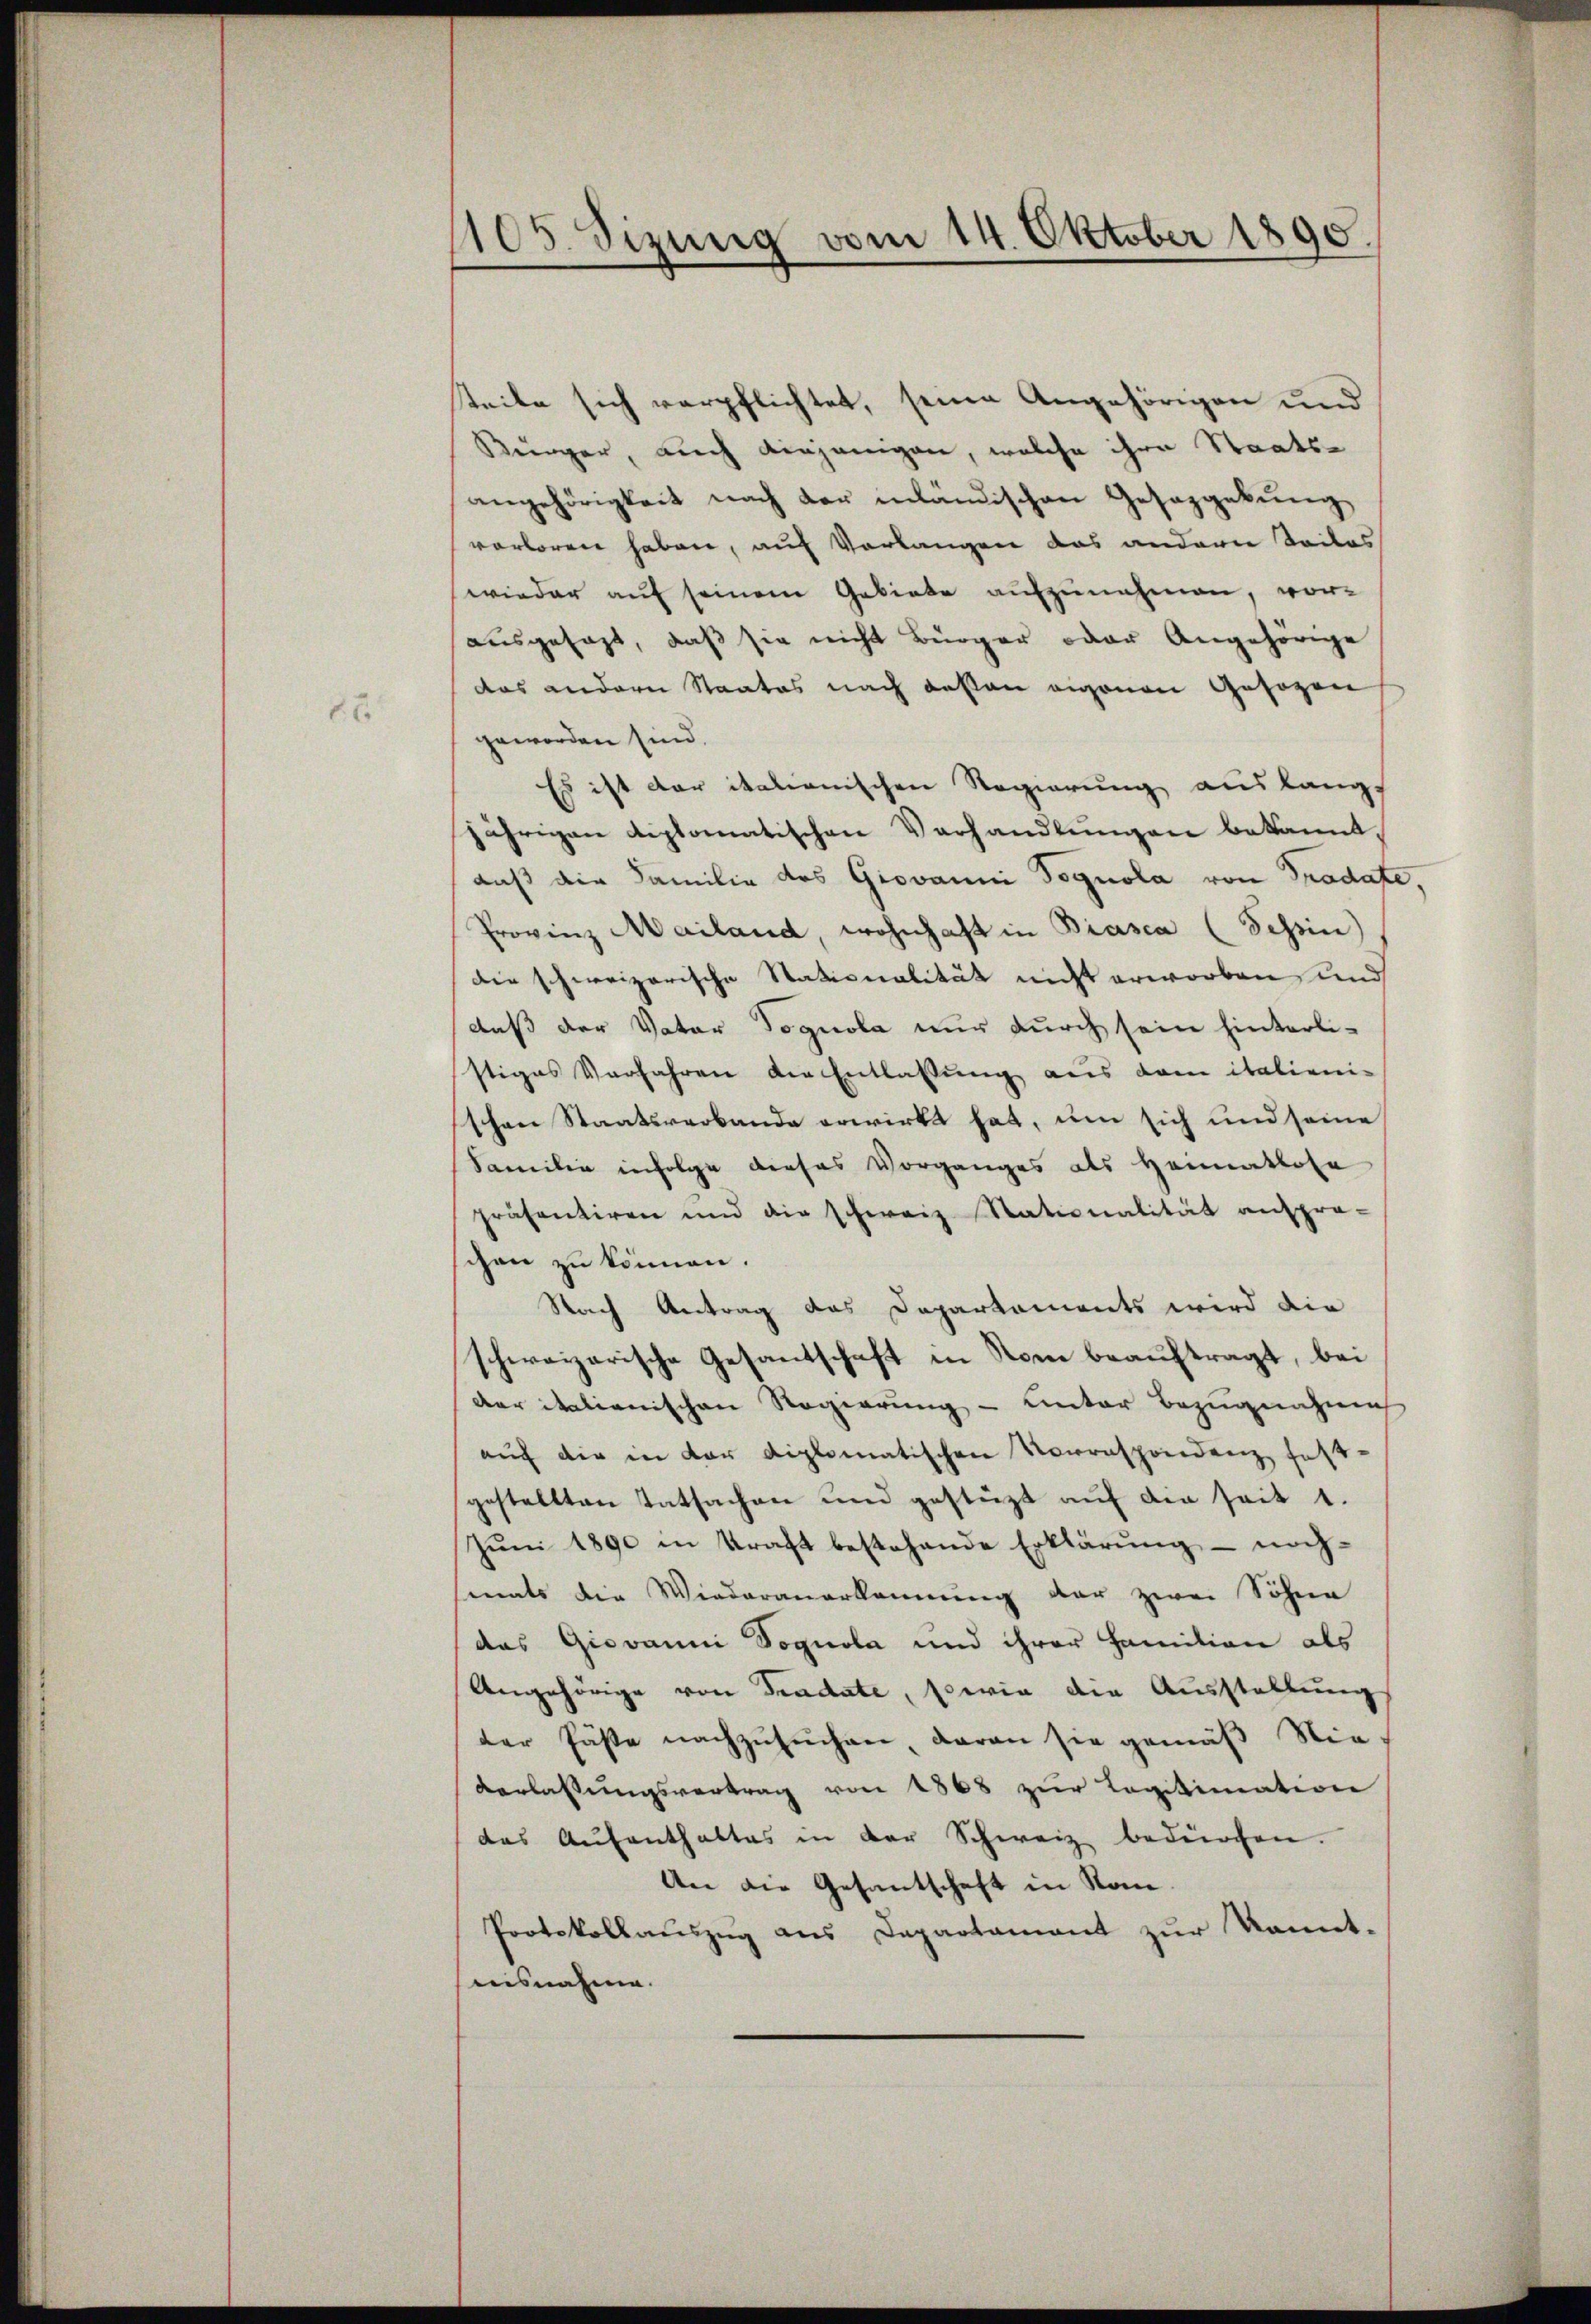
1.6.

1105. Sizung vom 14. Oktober 1890.

teile sich verpflichtet, seine Angehörigen und
Künger, auch diejenigen, welche ihre Staatsangehörigkeit nach der inländischen Gesazgebung
verloren haben, auf Vorlangen das anderen Seiles
wieder auf seinem Gebiete aufzunehmen, vor-
ausgesagt, daß sie nicht Bürger oder Angehörige
das andern Staates nach dessen eigenen Gesezen
geworden sind.
Es ist der italienischen Regierung auslangt
jährigen diplomatischen Vorhandlungen bekannt,
daß die Familie des Giovanni Dognola von Pradate,
Provinz Mailand, wohnhaft in Biasca (Tessin
die schweizerische Stationalität nicht erworben, und
daß der Vater Vognola nur durch sein hinterli-
stiges Verfahren die Entlassung aus dem italienischen Staatsverbande erwirkt hat, um sich und seine
Familie infolge dieses Vorganges als Heimatlose
präsentiren und die schweiz Stationalität anspra-
schen zu können.
Stach Antrag das Departaments wird die
schweizerische Gesantschaft in Rom beauftragt, bei
der italienischen Regierung – unter Bezugnahme
aŭf die in der diplomatischen Vorrespondenz fest-
gestellten Tatsachen und gestüzt auf die seit 1.
Juni 1890 in Kraft bestehende Erklärung – nach-
mals die Wiederanerkennung der zwei Söhne
das Giovanni Dognola und ihrer Famition als
Angehörige von Tradate, sowie die Ausstellung
der Fäste nachzusuchen, daran sie gemäß Nie-
Verlassŭngsvertrag von 1868 zŭr Legitimation
das Aŭfenthaltes in der Schweiz bedürfen.
An die Gesantschaft in Rom.
Protokollauszug aus Departament zur kannt-
nisnahme.